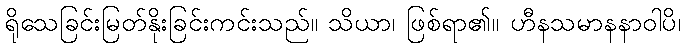
ရိုသေခြင်းမြတ်နိုးခြင်းကင်းသည်။ သိယာ၊ ဖြစ်ရာ၏။ ဟီနသမာနနာဝါပိ၊